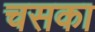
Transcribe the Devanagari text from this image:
चसका